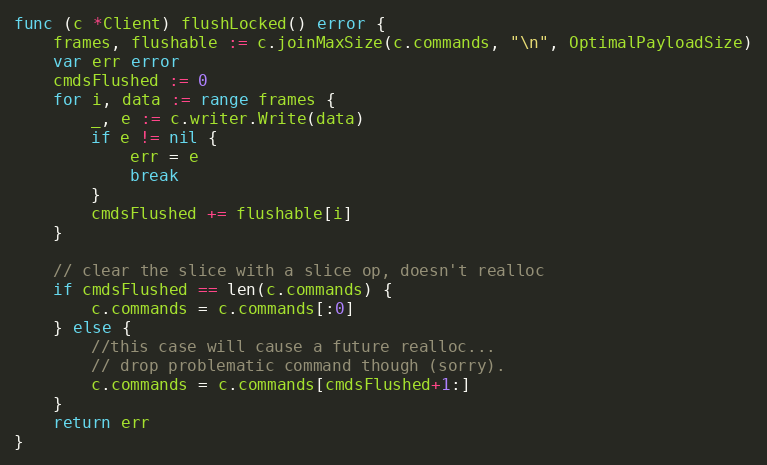
Language: Go
func (c *Client) flushLocked() error {
	frames, flushable := c.joinMaxSize(c.commands, "\n", OptimalPayloadSize)
	var err error
	cmdsFlushed := 0
	for i, data := range frames {
		_, e := c.writer.Write(data)
		if e != nil {
			err = e
			break
		}
		cmdsFlushed += flushable[i]
	}

	// clear the slice with a slice op, doesn't realloc
	if cmdsFlushed == len(c.commands) {
		c.commands = c.commands[:0]
	} else {
		//this case will cause a future realloc...
		// drop problematic command though (sorry).
		c.commands = c.commands[cmdsFlushed+1:]
	}
	return err
}